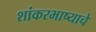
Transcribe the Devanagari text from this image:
शांकरभाष्याचे